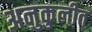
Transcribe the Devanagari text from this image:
अनुकुलीत